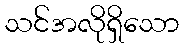
သင်အလိုရှိသော